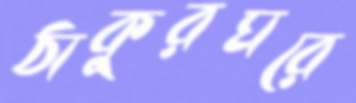
ঠাকুরঘরে